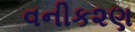
વનીક૨ણ